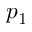
p _ { 1 }